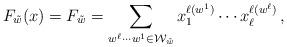
LaTeX: \begin{align*}F_{\tilde{w}}(x)=F_{\tilde{w}}=\sum_{w^\ell\cdots w^1\in \mathcal W_{\tilde{w}}}x_1^{\ell(w^1)}\cdots x_\ell^{\ell(w^\ell)} \,,\end{align*}